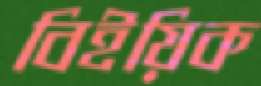
বিইয়িক